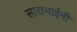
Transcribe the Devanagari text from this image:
साराभाईनी